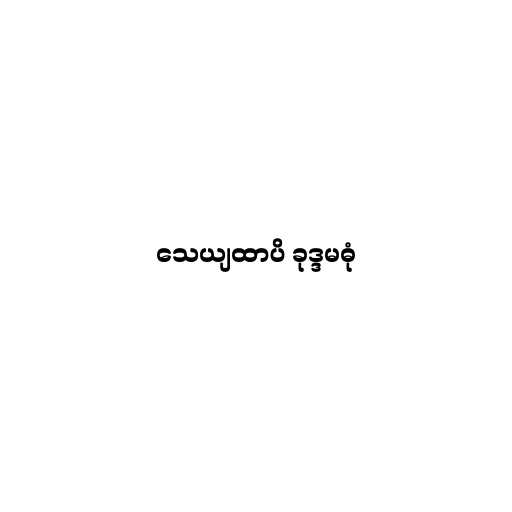
သေယျထာပိ ခုဒ္ဒမဓုံ